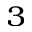
_ { 3 }